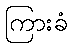
ကြားခံ